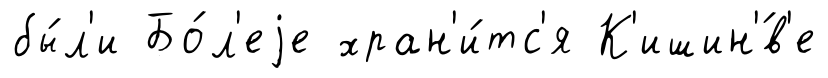
бы́л'и Бо́л'еjе хран'и́тс'я К'ишин'́в'е